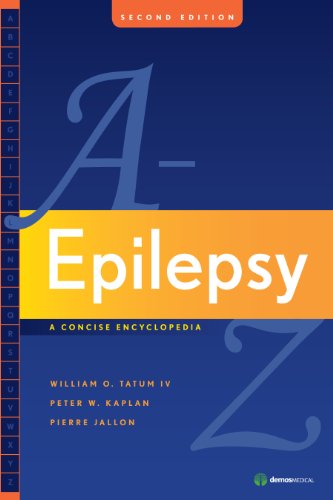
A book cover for Epilepsy A to Z: A Concise Encyclopedia; William O. Tatum  IV; Health, Fitness & Dieting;